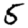
Digit: 5